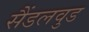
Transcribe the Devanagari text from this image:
सैंडलवुड